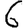
Digit: 6